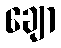
ချော